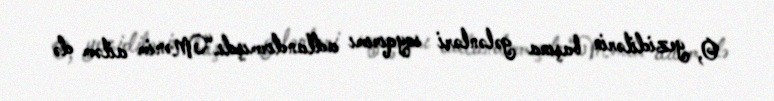
O, yezidilərin başına gələnləri soyqırımı adlandırmışdı.“Mənim ailəm də